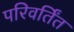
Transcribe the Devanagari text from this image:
परिवर्तिंत